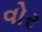
વોર